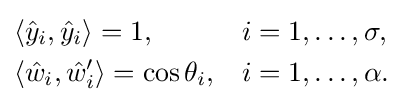
{\begin{aligned}&\langle {\hat {y}}_{i},{\hat {y}}_{i}\rangle =1,&&i=1,\dots ,\sigma ,\\&\langle {\hat {w}}_{i},{\hat {w}}'_{i}\rangle =\cos \theta _{i},&&i=1,\dots ,\alpha .\end{aligned}}